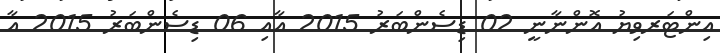
އިންޓަރވިޔު އޮންނާނީ 02 ޑިސެންބަރު 2015 އާއި 06 ޑިސެންބަރު 2015 އާ